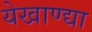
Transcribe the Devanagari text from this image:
येखाण्द्या